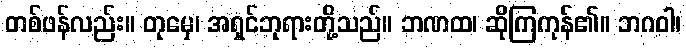
တစ်ဖန်လည်း။ တုမှေ၊ အရှင်ဘုရားတို့သည်။ ဘဏထ၊ ဆိုကြကုန်၏။ ဘဂဝါ၊